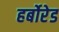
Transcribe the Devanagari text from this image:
हर्बोरेड